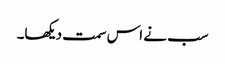
سب نے اس سمت دیکھا۔